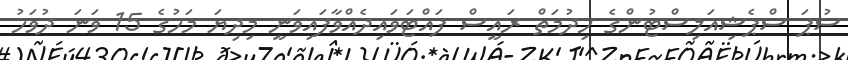
ސުޕަ ސްޕެޝިއަލިސްޓުންގެ ހިދުމަތް ރައީސް ފައްޓަވައިދެއްވާފައިވަނީ މިދިޔަ މަހުގެ 15 ވަނަ ދުވަހު